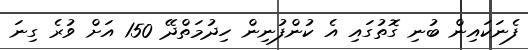
ފެނަކައިން ބުނި ގޮތުގައި އެ ކުންފުނިން ހިދުމަތްދޭ 150 އަށް ވުރެ ގިނަ